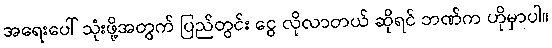
အရေးပေါ် သုံးဖို့အတွက် ပြည်တွင်း ငွေ လိုလာတယ် ဆိုရင် ဘဏ်က ဟိုမှာပါ။